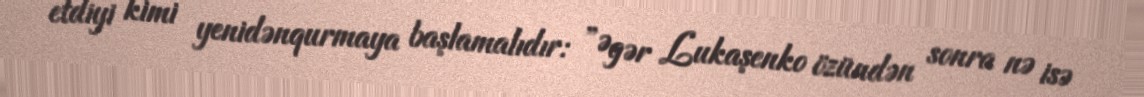
etdiyi kimi yenidənqurmaya başlamalıdır: ”Əgər Lukaşenko özündən sonra nə isə